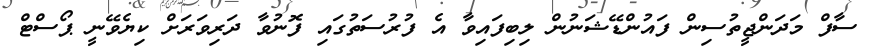
ސާފް މަދަންޖީތުސިން ފައުންޑޭޝަނުން ލިބިފައިވާ އެ ފުރުސަތުގައި ފޮނުވާ ދަރިވަރަށް ކިޔެވޭނީ ޕޯސްޓް